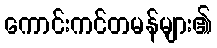
ကောင်းကင်တမန်များ၏